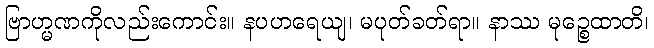
ဗြာဟ္မဏကိုလည်းကောင်း။ နပဟရေယျ၊ မပုတ်ခတ်ရာ။ နာဿ မုဉ္စေထာတိ၊